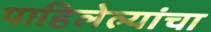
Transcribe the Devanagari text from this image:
पाहिलेल्यांचा